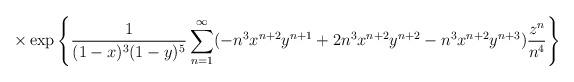
LaTeX: \begin{align*} \times \exp\left\{ \frac{1}{(1-x)^3(1-y)^5} \sum_{n=1}^{\infty} (-n^3x^{n+2}y^{n+1}+2n^3x^{n+2}y^{n+2}-n^3x^{n+2}y^{n+3}) \frac{z^n}{n^4} \right\}\end{align*}